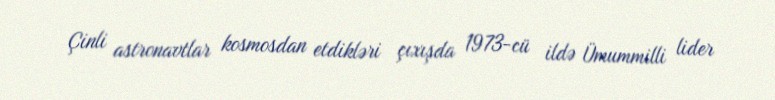
Çinli astronavtlar kosmosdan etdikləri çıxışda 1973-cü ildə Ümummilli lider